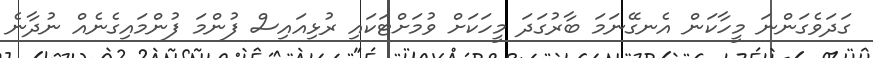
ގަދަވެގަންނަ މީހާކަން އެނގޭނަމަ ބާރުގަދަ މީހަކަށް ވުމަށްޓަކައި ރުޅިއައިސް ފުންމަ ފުންމައިގެނެއް ނުދާނެ